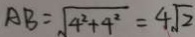
A B = \sqrt { 4 ^ { 2 } + 4 ^ { 2 } } = 4 \sqrt { 2 }